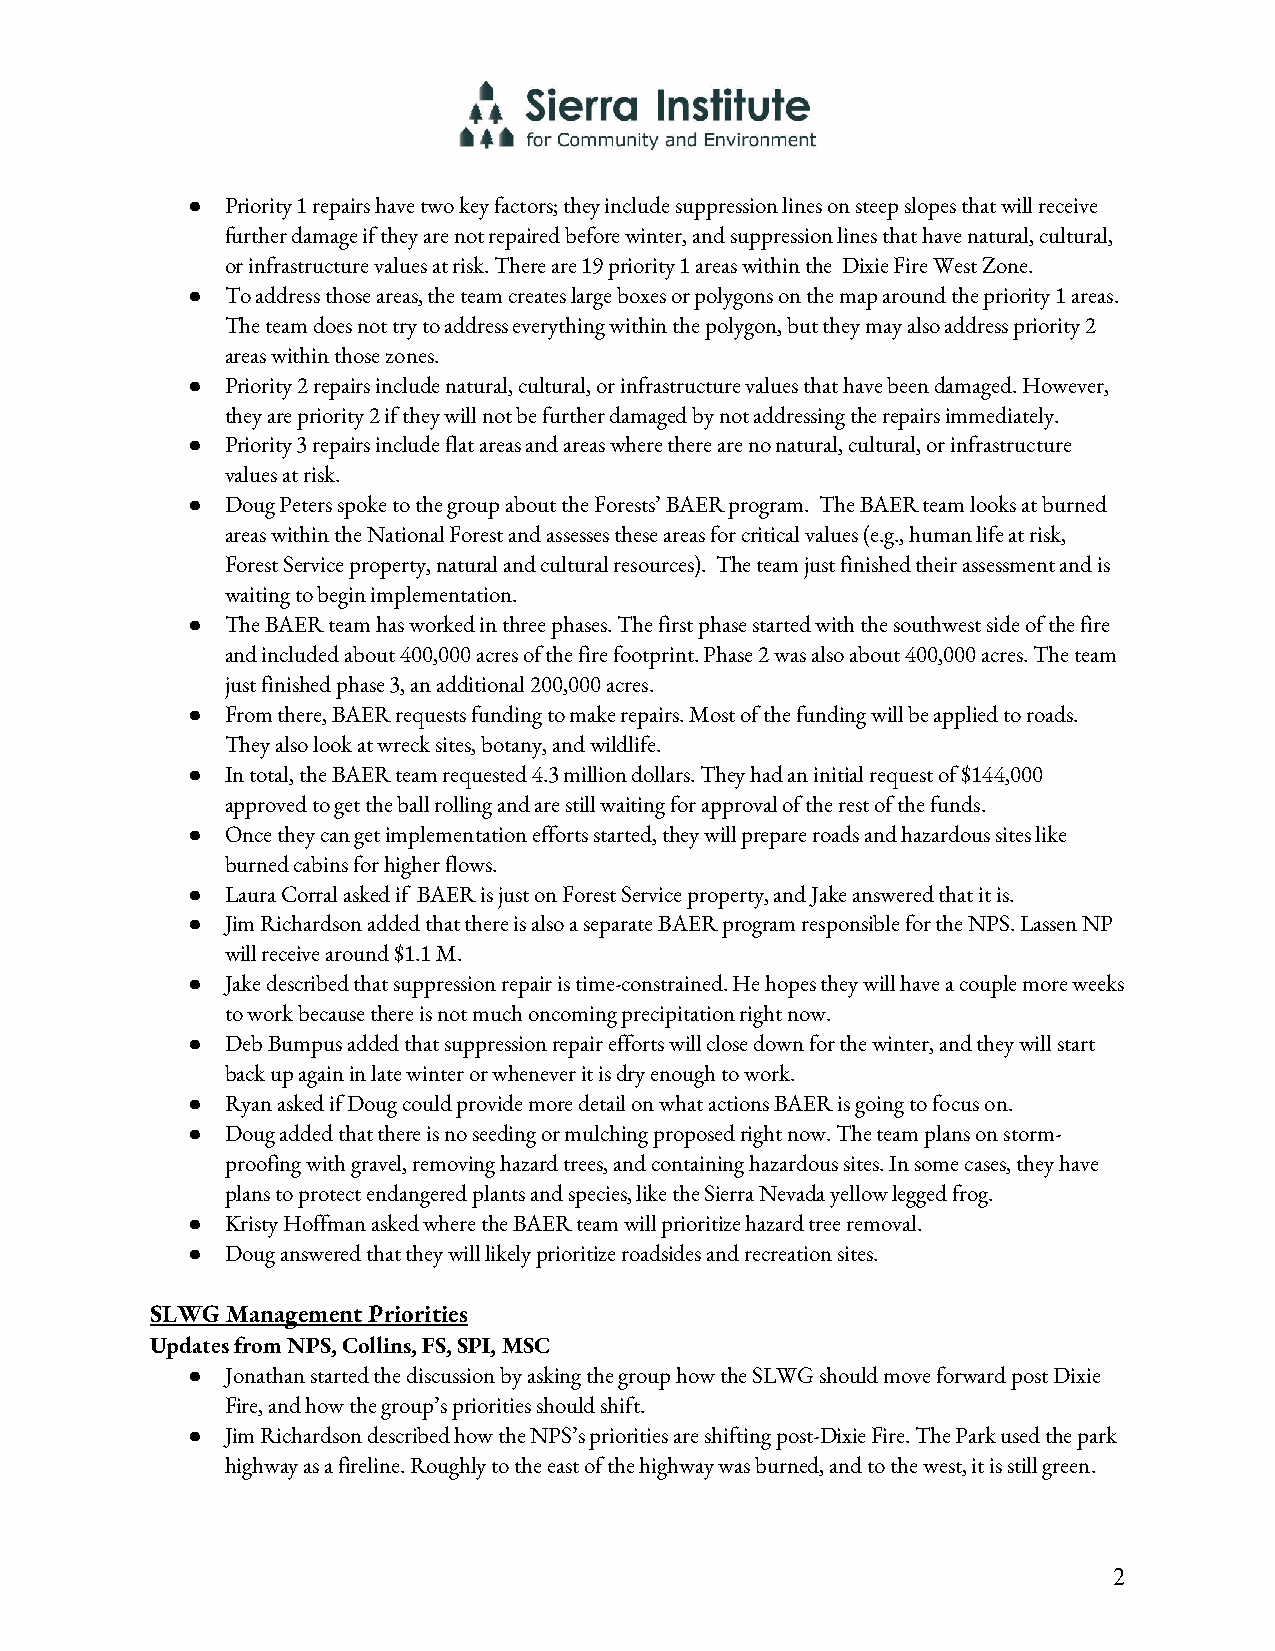
●  Priority 1 repairs have two key factors; they include suppression lines on steep slopes that will receive
 further damage if they are not repaired before winter, and suppression lines that have natural, cultural,
 or infrastructure values at risk. There are 19 priority 1 areas within the Dixie Fire West Zone.
 ●  To address those areas, the team creates large boxes or polygons on the map around the priority 1 areas.
 The team does not try to address everything within the polygon, but they may also address priority 2
 areas within those zones.
 ●  Priority 2 repairs include natural, cultural, or infrastructure values that have been damaged. However,
 they are priority 2 if they will not be further damaged by not addressing the repairs immediately.
 ●  Priority 3 repairs include flat areas and areas where there are no natural, cultural, or infrastructure
 values at risk.
 ●  Doug Peters spoke to the group about the Forests’ BAER program. The BAER team looks at burned
 areas within the National Forest and assesses these areas for critical values (e.g., human life at risk,
 Forest Service property, natural and cultural resources). The team just finished their assessment and is
 waiting to begin implementation.
 ●  The BAER team has worked in three phases. The first phase started with the southwest side of the fire
 and included about 400,000 acres of the fire footprint. Phase 2 was also about 400,000 acres. The team
 just finished phase 3, an additional 200,000 acres.
 ●  From there, BAER requests funding to make repairs. Most of the funding will be applied to roads.
 They also look at wreck sites, botany, and wildlife.
 ●  In total, the BAER team requested 4.3 million dollars. They had an initial request of $144,000
 approved to get the ball rolling and are still waiting for approval of the rest of the funds.
 ●  Once they can get implementation efforts started, they will prepare roads and hazardous sites like
 burned cabins for higher flows.
 ●  Laura Corral asked if BAER is just on Forest Service property, and Jake answered that it is.
 ●  Jim Richardson added that there is also a separate BAER program responsible for the NPS. Lassen NP
 will receive around $1.1 M.
 ●  Jake described that suppression repair is time-constrained. He hopes they will have a couple more weeks
 to work because there is not much oncoming precipitation right now.
 ●  Deb Bumpus added that suppression repair efforts will close down for the winter, and they will start
 back up again in late winter or whenever it is dry enough to work.
 ●  Ryan asked if Doug could provide more detail on what actions BAER is going to focus on.
 ●  Doug added that there is no seeding or mulching proposed right now. The team plans on storm-
 proofing with gravel, removing hazard trees, and containing hazardous sites. In some cases, they have
 plans to protect endangered plants and species, like the Sierra Nevada yellow legged frog.
 ●  Kristy Hoffman asked where the BAER team will prioritize hazard tree removal.
 ●  Doug answered that they will likely prioritize roadsides and recreation sites.
 SLWG Management Priorities
 Updates from NPS, Collins, FS, SPI, MSC
 ●  Jonathan started the discussion by asking the group how the SLWG should move forward post Dixie
 Fire, and how the group’s priorities should shift.
 ●  Jim Richardson described how the NPS’s priorities are shifting post-Dixie Fire. The Park used the park
 highway as a fireline. Roughly to the east of the highway was burned, and to the west, it is still green.
 2